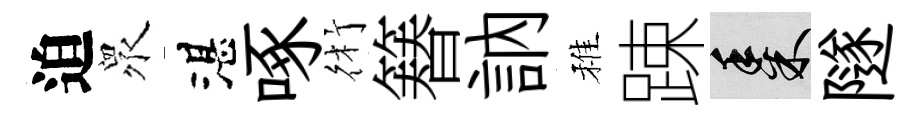
迫衆湛啄術簮訥稚踈黍隧